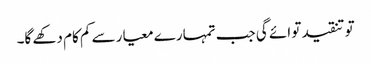
تو تنقید تو ائے گی جب تمہارے معیار سے کم کام دکھے گا۔